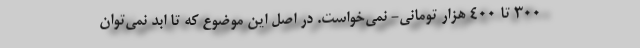
300 تا 400 هزار تومانی- نمی‌خواست. در اصل این موضوع که تا ابد نمی‌توان